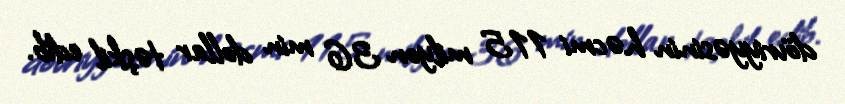
dövriyyəsinin həcmi 115 milyon 36 min dollar təşkil edib.